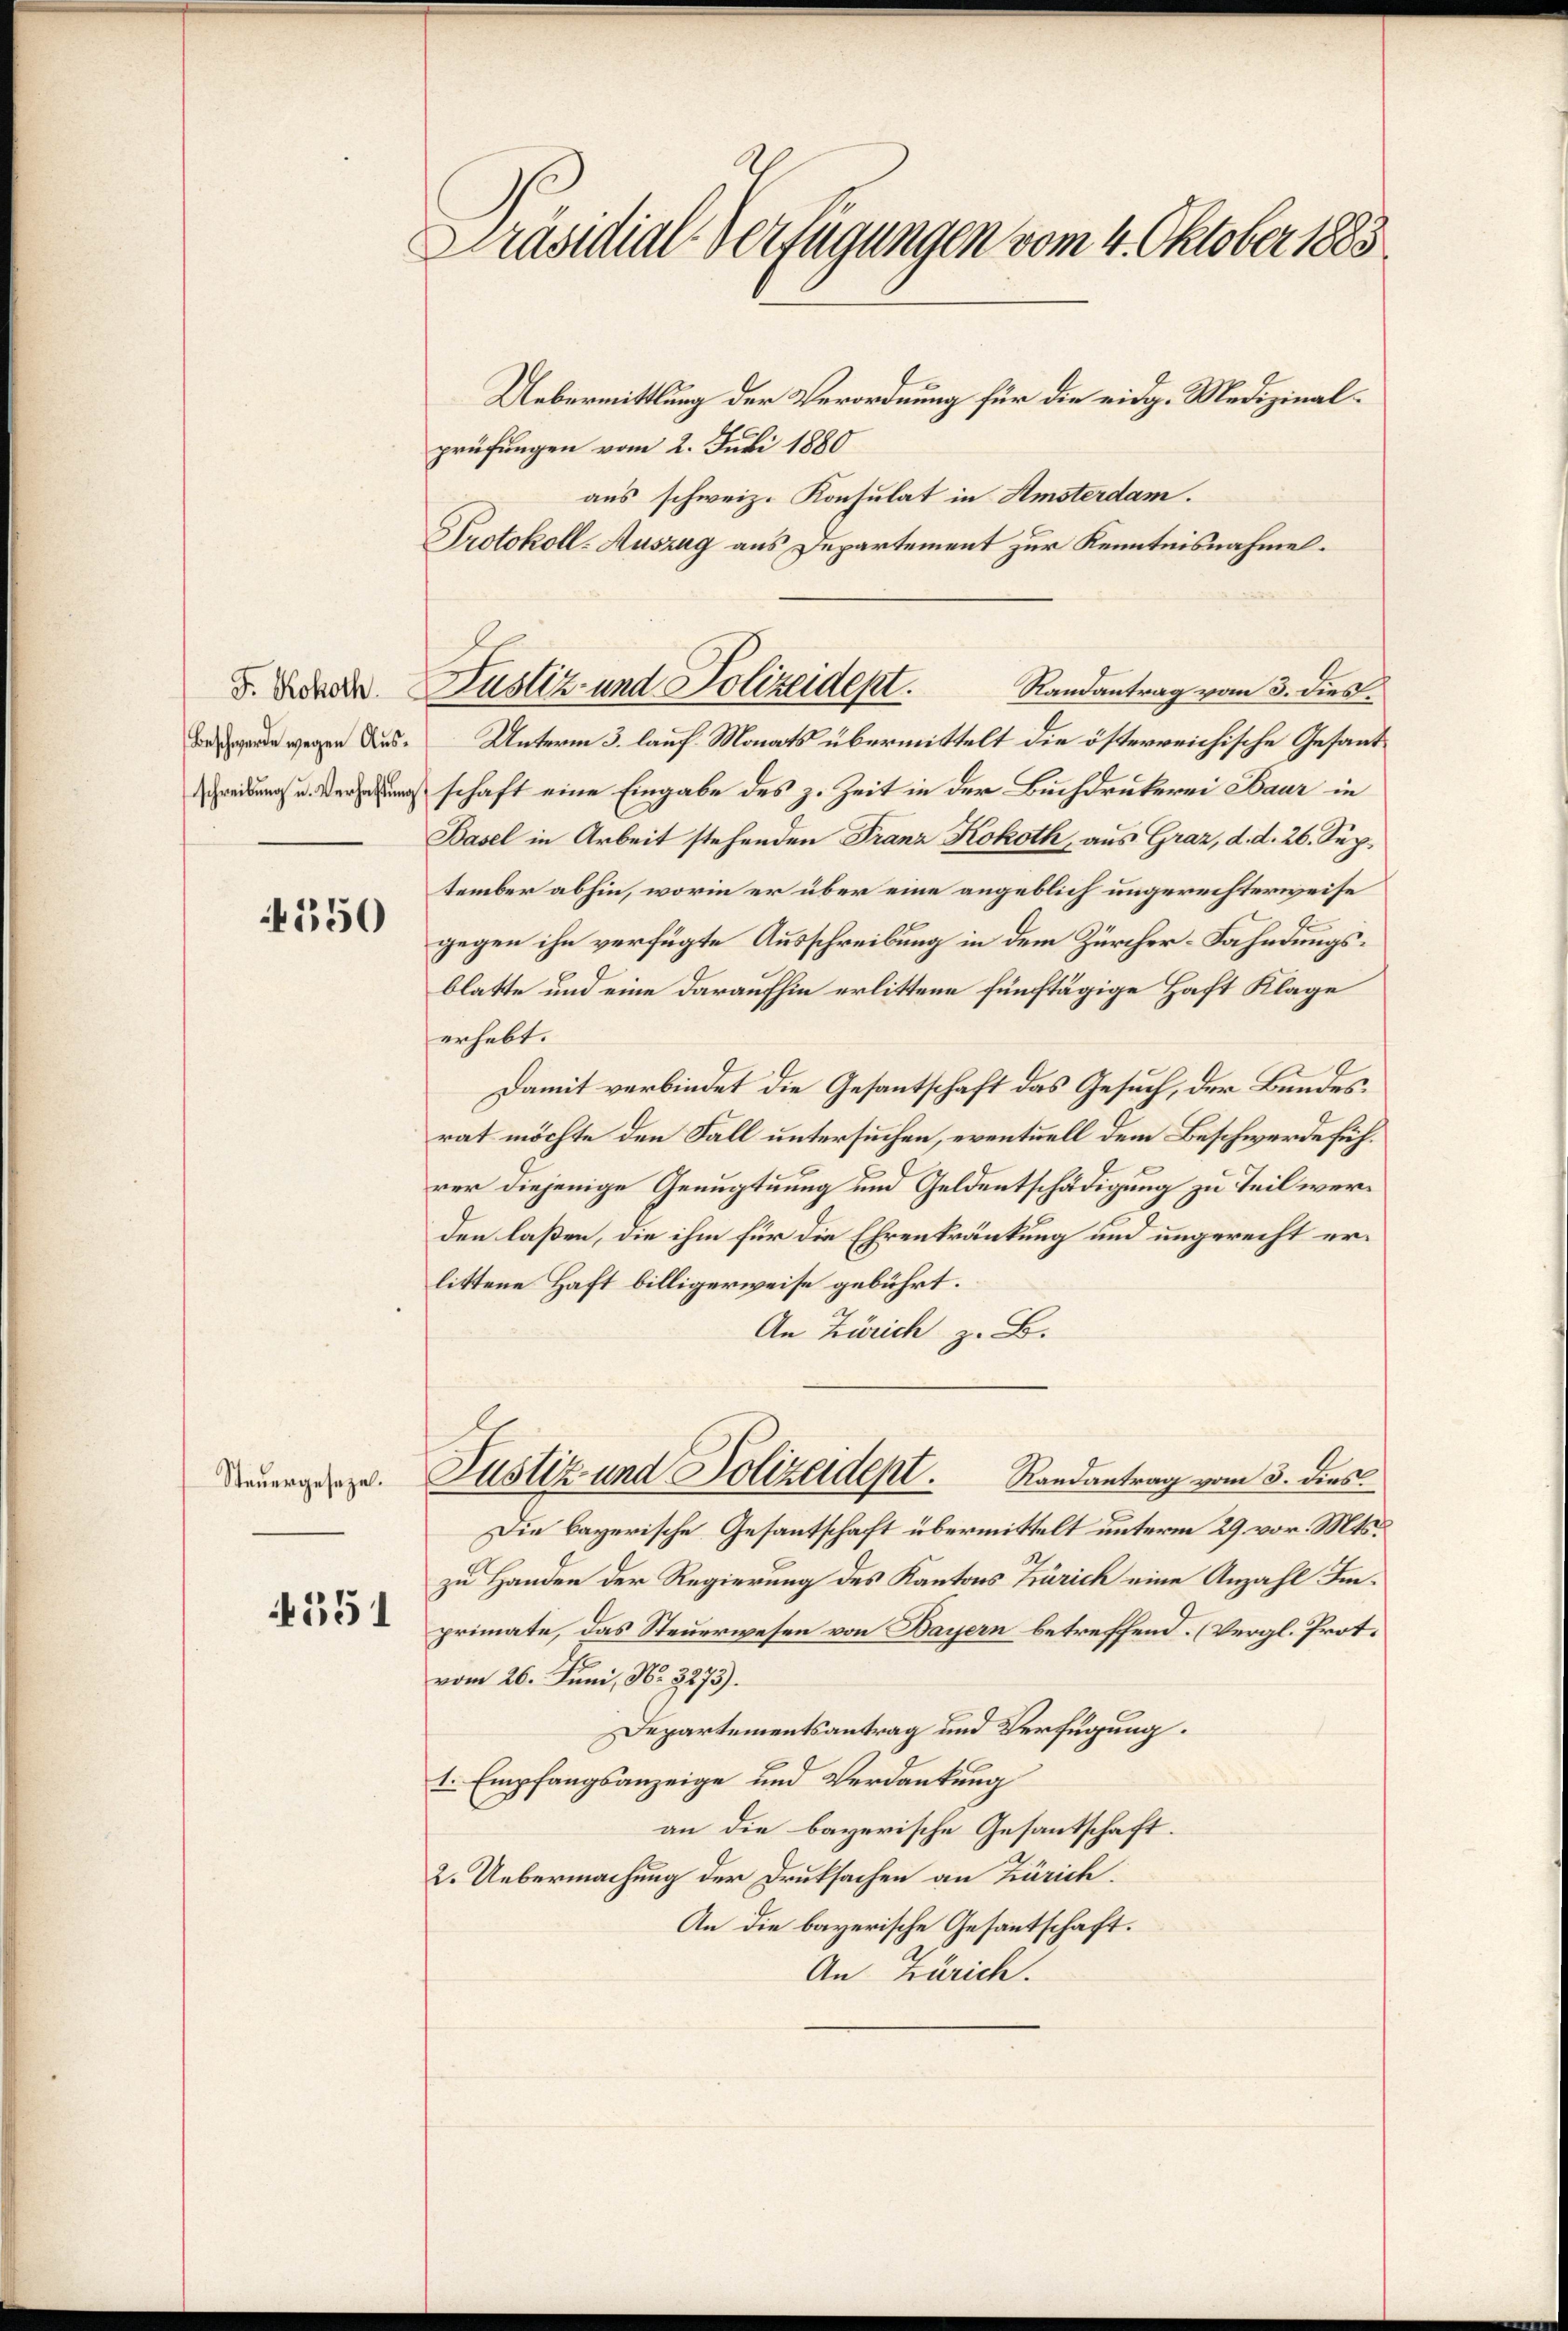
Beschwerde wegen Aus¬

550

Steuergeseze.

4551

Präsidial-Verfügungen vom 4. Oktober 1883

Uebermittlung der Verordnung für die eidg. Medizinalprüfungen vom 2. Juli 1880
aus schweiz. Konsulat in Amsterdam.
Protokoll-Auszug aus Departement zur Kenntnisnahme.
Unterm 3. lauf Monats übermittelt die österreichische Gesandredung u. Versehung schaft eine Eingabe des z. Zeit in der Buchdrukerei Baur in
Basel in Arbeit stehenden Franz Kokoth, aus Graz, d. d. 26. September abhin, worin er über eine angeblich ungerechterweise
gegen ihn verfügte Ausschreibung in dem Zürcher-Fahndungsblatte und eine daraufhin erlittene fünftägige Haft Klage
erhebt.
Damit verbindet die Gesantschaft das Gesuch, der Bundesrat möchte den Fall untersuchen, eventuell dem Beschwerde führer diejenige Genugtuung und Geldentschädigung zu Teil werden laßen, die ihm für die Ehrenkränkung und ungerecht erlittene Haft billigerweise gebührt.
An Zürich z. B.
Justiz- und Polizeidept. Randantrag vom 3. dies
Die bayerische Gesantschaft übermittelt unterm 29. vor. Mts.
zu Handen der Regierung des Kantons Zürich eine Anzahl Imprimate, das Steuerwesen von Bayern betreffend. (Vergl. Prot.
vom 26. Juni, No. 3275).
Departementsantrag und Verfügung.
1. Empfangsanzeige und Verdankung
an die bayerische Gesantschaft.
2. Uebermachung der Druksachen an Zürich.
An die bayerische Gesantschaft.
An Zürich.

d. Porade Zustiz- und Polizeident.
Randantrag vom 3. dies